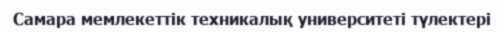
Самара мемлекеттік техникалық университеті түлектері